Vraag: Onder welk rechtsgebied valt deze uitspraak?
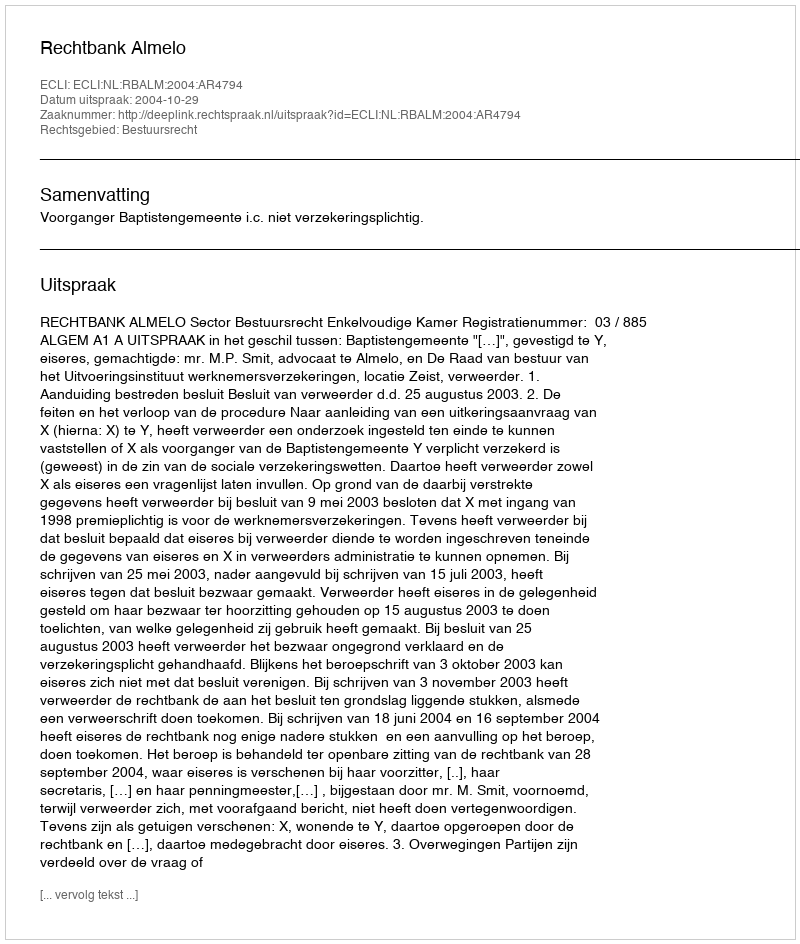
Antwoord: Bestuursrecht